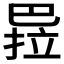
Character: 𭘏